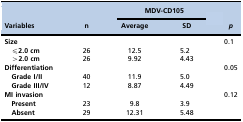
<table><thead><tr><td rowspan="2"><b>Variables</b></td><td rowspan="2"><b>n</b></td><td colspan="2"><b>MDV-CD105</b></td><td rowspan="2"><b><i>p</i></b></td></tr><tr><td><b>Average</b></td><td><b>SD</b></td></tr></thead><tbody><tr><td><b>Size</b></td><td></td><td></td><td></td><td>0.1</td></tr><tr><td><b>≤2.0 cm</b></td><td>26</td><td>12.5</td><td>5.2</td><td></td></tr><tr><td><b>&gt;2.0 cm</b></td><td>26</td><td>9.92</td><td>4.43</td><td></td></tr><tr><td><b>Differentiation</b></td><td></td><td></td><td></td><td>0.05</td></tr><tr><td><b>Grade I/II</b></td><td>40</td><td>11.9</td><td>5.0</td><td></td></tr><tr><td><b>Grade III/IV</b></td><td>12</td><td>8.87</td><td>4.49</td><td></td></tr><tr><td><b>MI invasion</b></td><td></td><td></td><td></td><td>0.12</td></tr><tr><td><b>Present</b></td><td>23</td><td>9.8</td><td>3.9</td><td></td></tr><tr><td><b>Absent</b></td><td>29</td><td>12.31</td><td>5.48</td><td></td></tr></tbody></table>